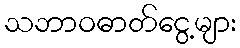
သဘာဝဓာတ်ငွေ့များ